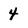
Character: 4